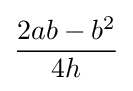
{\frac {2ab-b^{2}}{4h}}